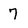
Character: 7